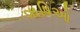
ૠષિઓ